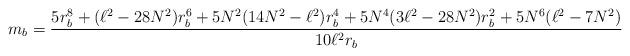
LaTeX: \begin{align*}m_{b}=\frac{5r_{b}^{8}+(\ell ^{2}-28N^{2})r_{b}^{6}+5N^{2}(14N^{2}-\ell^{2})r_{b}^{4}+5N^{4}(3\ell ^{2}-28N^{2})r_{b}^{2}+5N^{6}(\ell ^{2}-7N^{2})}{10\ell ^{2}r_{b}} \end{align*}